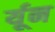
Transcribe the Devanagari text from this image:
र्यून